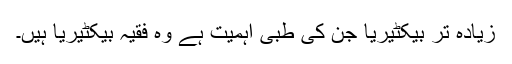
زیادہ تر بیکٹیریا جن کی طبی اہمیت ہے وہ فقیہ بیکٹیریا ہیں۔